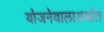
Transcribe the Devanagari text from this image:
योजनेवालाअर्थात